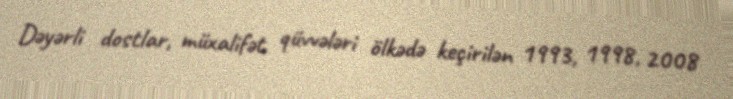
Dəyərli dostlar, müxalifət qüvvələri ölkədə keçirilən 1993, 1998, 2008